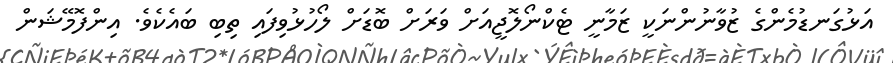
އަޅުގަނޑުމެންގެ ޒުވާނުންނަކީ ޒަމާނީ ޓެކްނޯލޮޖީއަށް ވަރަށް ބޮޑަށް ލޯހުޅުވިފައި ތިބި ބައެކެވެ. އިންފޮމޭޝަން